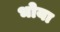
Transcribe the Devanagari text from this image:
भोया